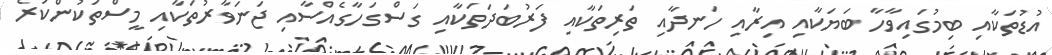
އުޑުތަކާއި ބިމުގައިވާހާ ބަޔަކާއި އިރާއި ހަނދާއި ތަރިތަކާއި ފަރުބަދަތަކާއި ގަސްގަހާގެއްސާއި ޖަނަވާރުތަކާއި މީސްތަކުންކުރެ